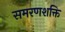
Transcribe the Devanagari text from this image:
समरणशक्ति